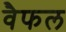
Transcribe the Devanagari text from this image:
वैफल